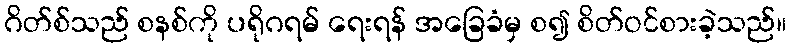
ဂိတ်စ်သည် စနစ်ကို ပရိုဂရမ် ရေးရန် အခြေခံမှ စ၍ စိတ်ဝင်စားခဲ့သည်။